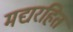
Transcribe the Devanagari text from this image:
मद्यरहित